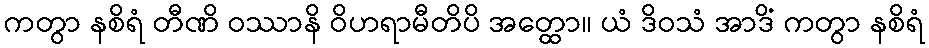
ကတွာ နစိရံ တီဏိ ဝဿာနိ ဝိဟရာမီတိပိ အတ္ထော။ ယံ ဒိဝသံ အာဒိံ ကတွာ နစိရံ